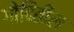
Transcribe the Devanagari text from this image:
गोदितील